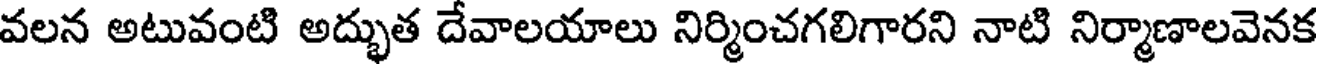
వలన అటువంటి అద్భుత దేవాలయాలు నిర్మించగలిగారని నాటి నిర్మాణాలవెనక